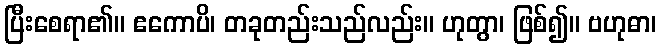
ပြီးစေရာ၏။ ဧကောပိ၊ တခုတည်းသည်လည်း။ ဟုတွာ၊ ဖြစ်၍။ ဗဟုဓာ၊